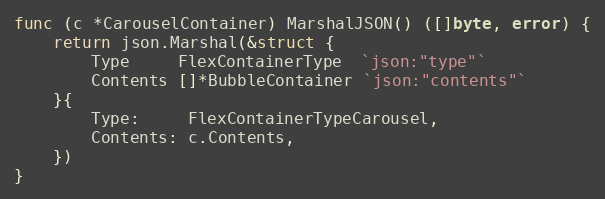
Language: Go
func (c *CarouselContainer) MarshalJSON() ([]byte, error) {
	return json.Marshal(&struct {
		Type     FlexContainerType  `json:"type"`
		Contents []*BubbleContainer `json:"contents"`
	}{
		Type:     FlexContainerTypeCarousel,
		Contents: c.Contents,
	})
}